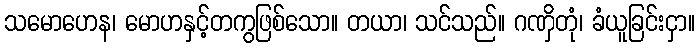
သမောဟေန၊ မောဟနှင့်တကွဖြစ်သော။ တယာ၊ သင်သည်။ ဂဏှိတုံ၊ ခံယူခြင်းငှာ။